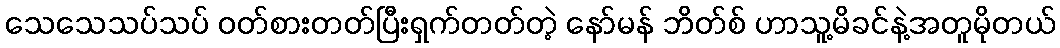
သေသေသပ်သပ် ဝတ်စားတတ်ပြီးရှက်တတ်တဲ့ နော်မန် ဘိတ်စ် ဟာသူ့မိခင်နဲ့အတူမိုတယ်